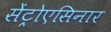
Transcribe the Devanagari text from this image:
सेंट्रोएसिनार